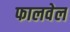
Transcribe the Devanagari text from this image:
फालवेल